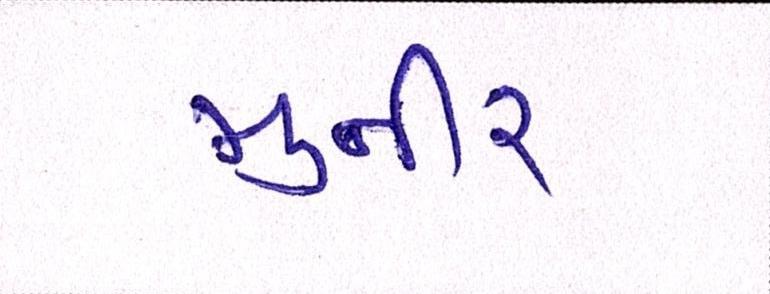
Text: મુનીર